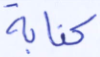
كتابة